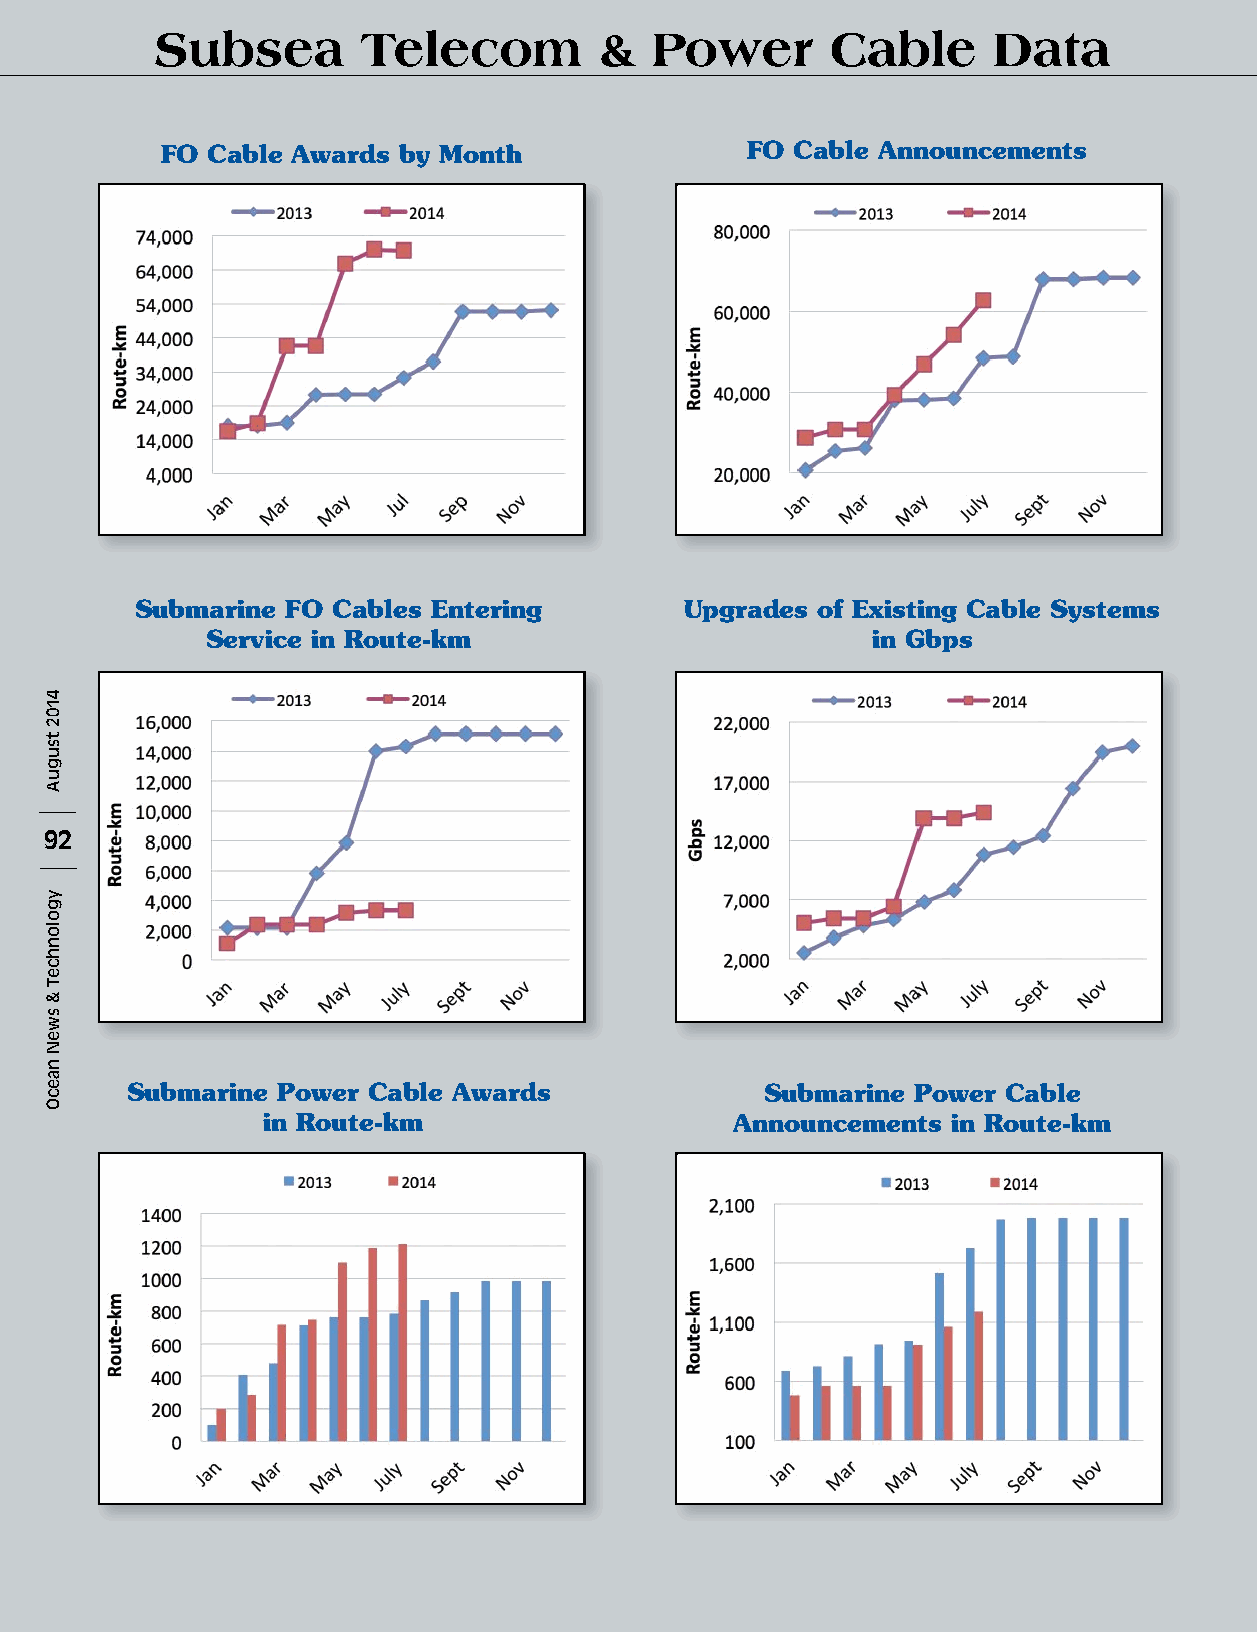
Subsea        Telecom         &  Power       Cable      Data
 FO Cable Awards by Month              FO  Cable Announcements
 Submarine FO Cables Entering        Upgrades of Existing Cable Systems
 Service in Route-km                         in Gbps
 92
 Submarine Power Cable Awards               Submarine Power Cable
 in Route-km                     Announcements in Route-km
 4102
 tsuguA
 ygolonhceT
 &
 sweN
 naecO